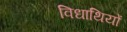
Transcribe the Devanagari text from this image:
विधाथियों